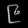
Digit: ၉